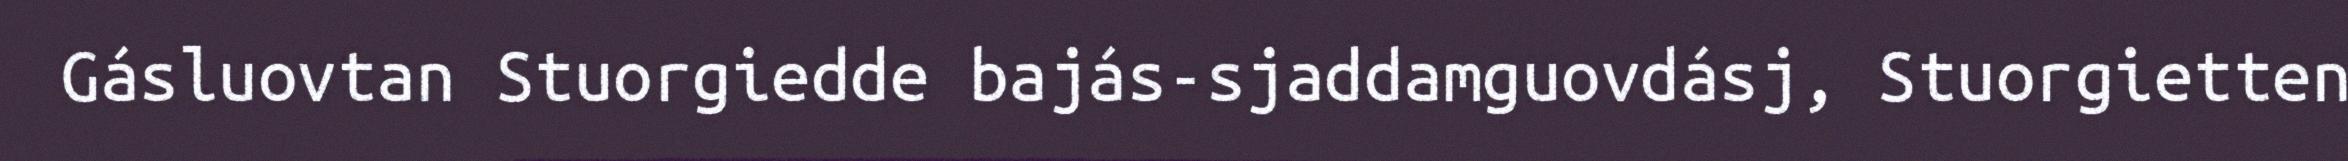
Gásluovtan Stuorgiedde bajás-sjaddamguovdásj, Stuorgietten